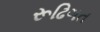
રૂઢિગત